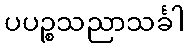
ပပဉ္စသညာသင်္ခါ